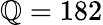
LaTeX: \mathbb{Q}=182